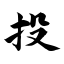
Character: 投